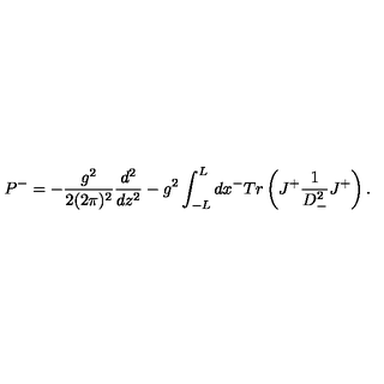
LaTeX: P ^ { - } = - { \frac { g ^ { 2 } } { 2 ( 2 \pi ) ^ { 2 } } } { \frac { d ^ { 2 } } { d z ^ { 2 } } } - g ^ { 2 } \int _ { - L } ^ { L } d x ^ { - } T r \left( J ^ { + } { \frac { 1 } { D _ { - } ^ { 2 } } } J ^ { + } \right) .